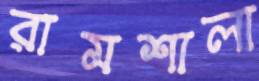
রামশালা